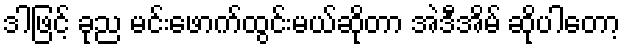
ဒါဖြင့် ခုည မင်းဖောက်ထွင်းမယ်ဆိုတာ အဲဒီအိမ် ဆိုပါတော့